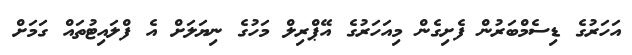
އަހަރުގެ ޑިސެމްބަރުން ފެށިގެން މިއަހަރުގެ އޭޕްރިލް މަހުގެ ނިޔަލަށް އެ ފްލައިޓުތައް ގަމަށް